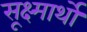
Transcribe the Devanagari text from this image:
सूक्ष्मार्थों